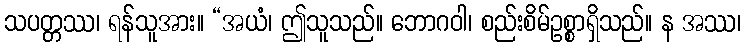
သပတ္တဿ၊ ရန်သူအား။ “အယံ၊ ဤသူသည်။ ဘောဂဝါ၊ စည်းစိမ်ဥစ္စာရှိသည်။ န အဿ၊